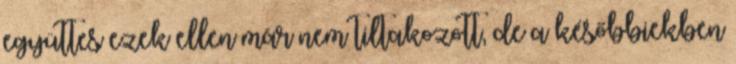
együttes ezek ellen már nem tiltakozott, de a későbbiekben